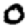
Digit: 0